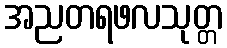
အညတရဖလသုတ္တ